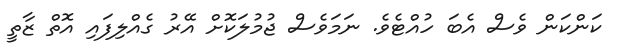
ކަންކަން ވެސް އެބަ ހުއްޓެވެ. ނަމަވެސް ޖުމުލަކޮށް އޭރު ގެއްލިފައި އޮތް ޒާތީ